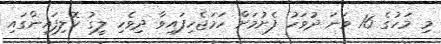
މި މަހުގެ 16 ވަނަ ދުވަހު ފެށުމަށް ހަމަޖެހިފައިވާ ދިވެހި ލީގު ކޮލިފައިންގައި